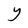
Character: Y